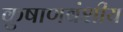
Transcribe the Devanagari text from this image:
कुषाणवंशीय